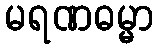
မရဏဓမ္မာ